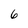
Character: 6